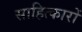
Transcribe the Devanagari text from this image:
साहित्कारों